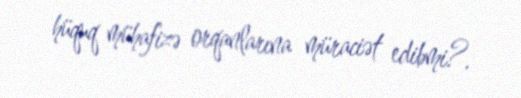
hüquq mühafizə orqanlarına müraciət edibmi?.